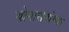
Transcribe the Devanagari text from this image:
योगासनांच्या